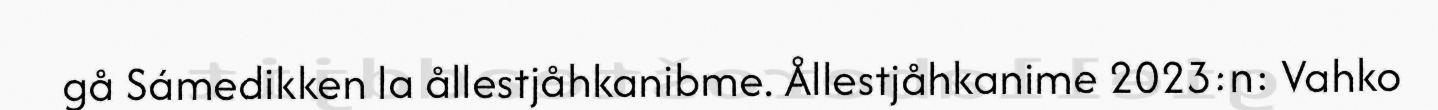
gå Sámedikken la ållestjåhkanibme. Ållestjåhkanime 2023:n: Vahko